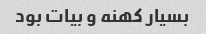
بسیار کهنه و بیات بود